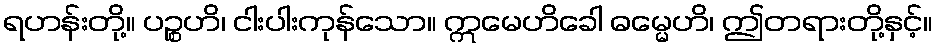
ရဟန်းတို့။ ပဉ္စဟိ၊ ငါးပါးကုန်သော။ ဣမေဟိခေါ ဓမ္မေဟိ၊ ဤတရားတို့နှင့်။